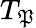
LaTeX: T_{\mathfrak{P}}